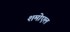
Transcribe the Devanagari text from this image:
शमोएल